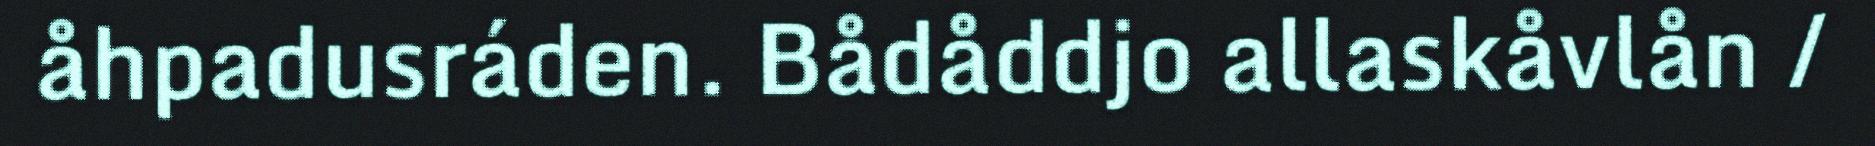
åhpadusráden. Bådåddjo allaskåvlån /